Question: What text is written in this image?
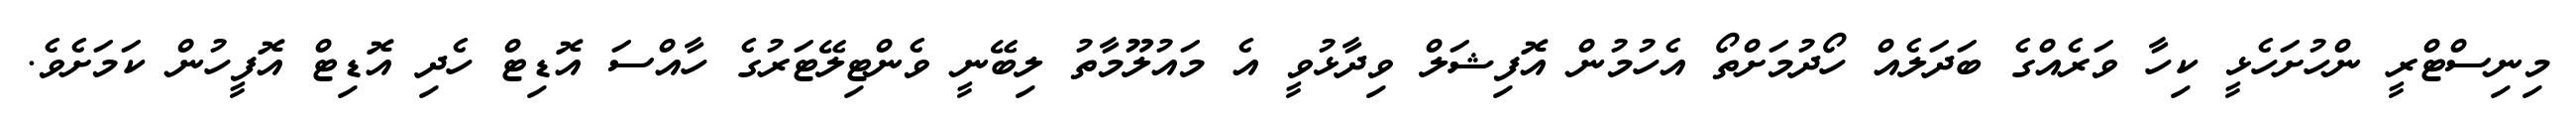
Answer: މިނިސްޓްރީ ންހުށަހެޅީ ކިހާ ވަރެއްގެ ބަދަލެއް ހޯދުމަށްތޯ އެހުމުން އޮފިޝަލް ވިދާޅުވީ އެ މައުލޫމާތު ލިބޭނީ ވެންޓިލޭޓަރުގެ ހާއްސަ އޮޑިޓް ހެދި އޮޑިޓް އޮފީހުން ކަމަށެވެ.